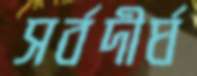
সর্বদীর্ঘ